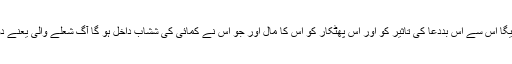
نہ دفع کریگا اُس سے اِس بددعا کی تاثیر کو اور اس پھٹکار کو اُس کا مال اور جو اُس نے کمائی کی ششاب داخل ہو گا آگ شعلے والی یعنے دوزخ میں۔